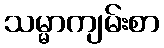
သမ္မာကျမ်းစာ